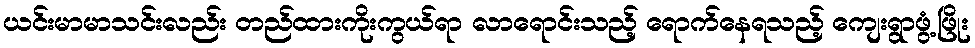
ယင်းမာမာသင်းလည်း တည်ထားကိုးကွယ်ရာ လာရောင်းသည့် ရောက်နေရသည့် ကျေးရွာဖွံ့ဖြိုး